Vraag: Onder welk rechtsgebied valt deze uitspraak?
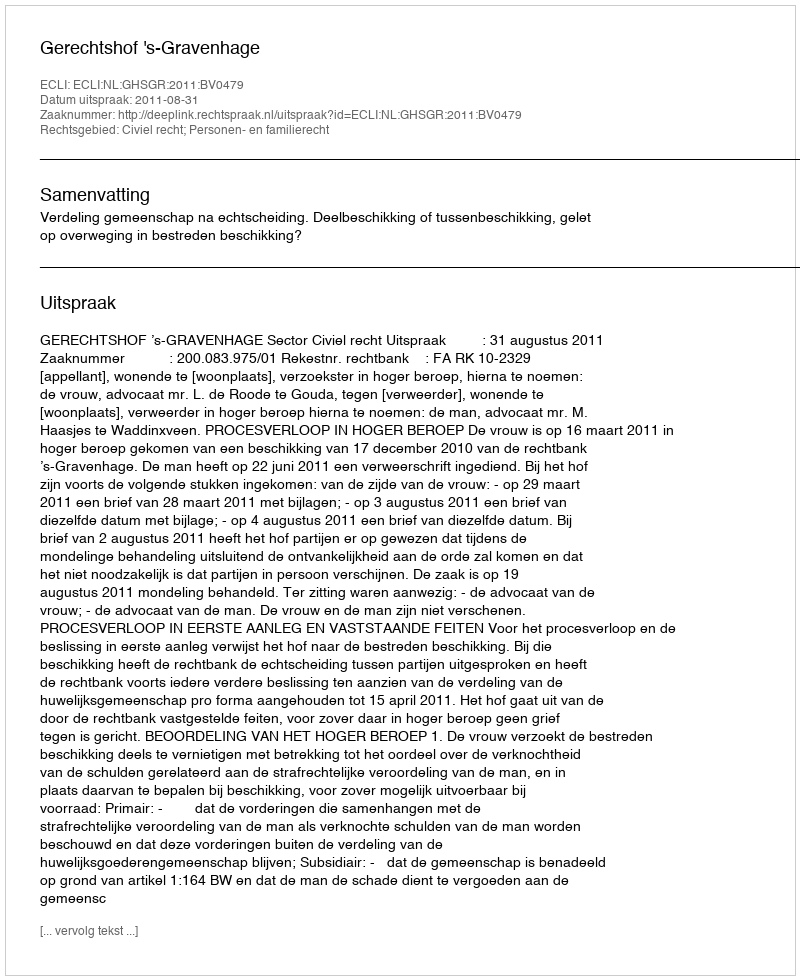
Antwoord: Civiel recht; Personen- en familierecht